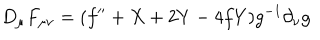
D _ { \mu } F _ { \mu \nu } = ( f ^ { \prime \prime } + X + 2 Y - 4 f Y ) g ^ { - 1 } \partial _ { \nu } g